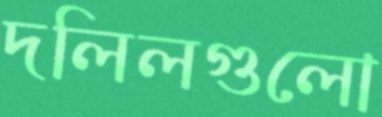
দলিলগুলো